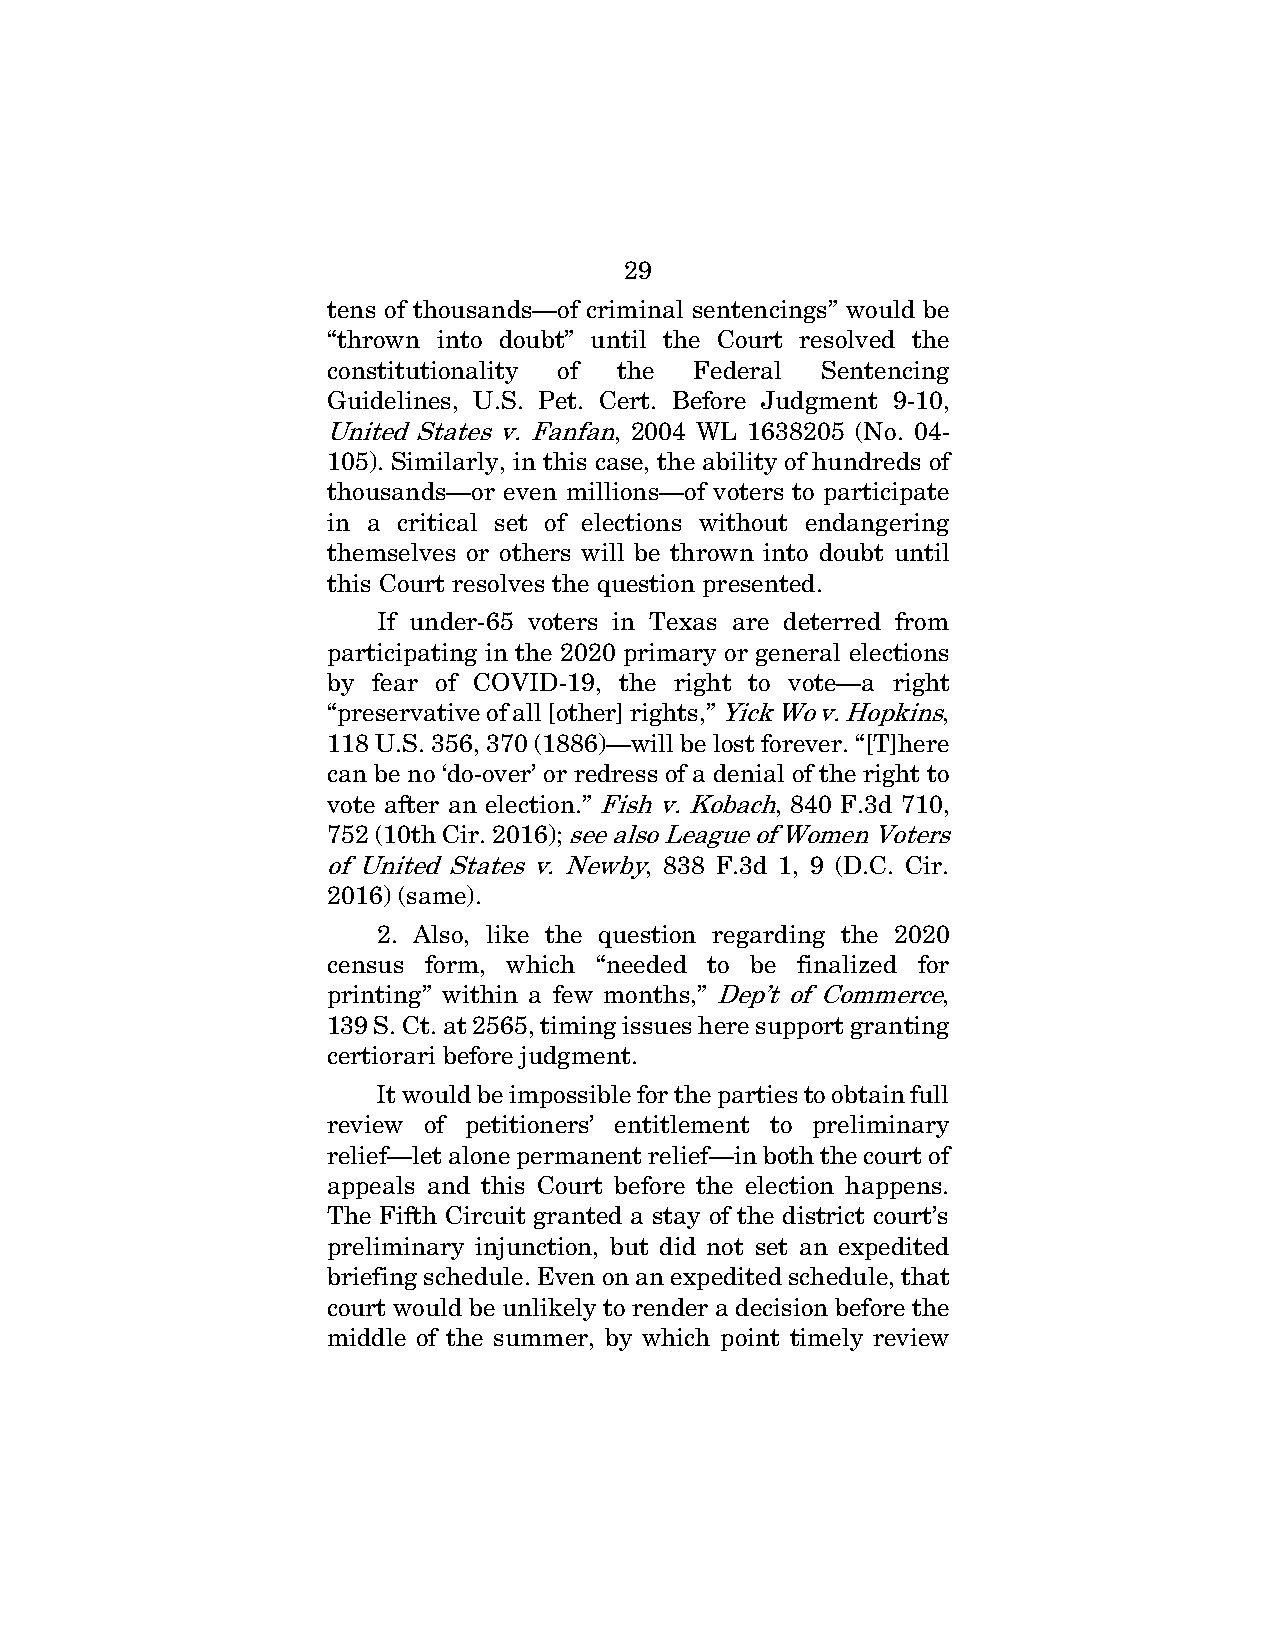
29
 tens of thousands—of criminal sentencings” would be
 “thrown into doubt” until the Court resolved the
 constitutionality of the Federal Sentencing
 Guidelines, U.S. Pet. Cert. Before Judgment 9-10,
 United States v. Fanfan, 2004 WL 1638205 (No. 04-
 105). Similarly, in this case, the ability of hundreds of
 thousands—or even millions—of voters to participate
 in a critical set of elections without endangering
 themselves or others will be thrown into doubt until
 this Court resolves the question presented.
 If under-65 voters in Texas are deterred from
 participating in the 2020 primary or general elections
 by fear of COVID-19, the right to vote—a right
 “preservative of all [other] rights,” Yick Wo v. Hopkins,
 118 U.S. 356, 370 (1886)—will be lost forever. “[T]here
 can be no ‘do-over’ or redress of a denial of the right to
 vote after an election.” Fish v. Kobach, 840 F.3d 710,
 752 (10th Cir. 2016); see also League of Women Voters
 of United States v. Newby, 838 F.3d 1, 9 (D.C. Cir.
 2016) (same).
 2. Also, like the question regarding the 2020
 census form, which “needed to be finalized for
 printing” within a few months,” Dep’t of Commerce,
 139 S. Ct. at 2565, timing issues here support granting
 certiorari before judgment.
 It would be impossible for the parties to obtain full
 review of petitioners’ entitlement to preliminary
 relief—let alone permanent relief—in both the court of
 appeals and this Court before the election happens.
 The Fifth Circuit granted a stay of the district court’s
 preliminary injunction, but did not set an expedited
 briefing schedule. Even on an expedited schedule, that
 court would be unlikely to render a decision before the
 middle of the summer, by which point timely review